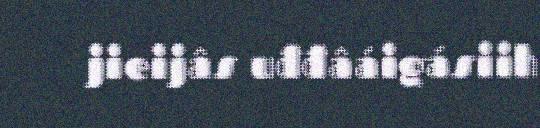
jieijâs uđđâáigásiih